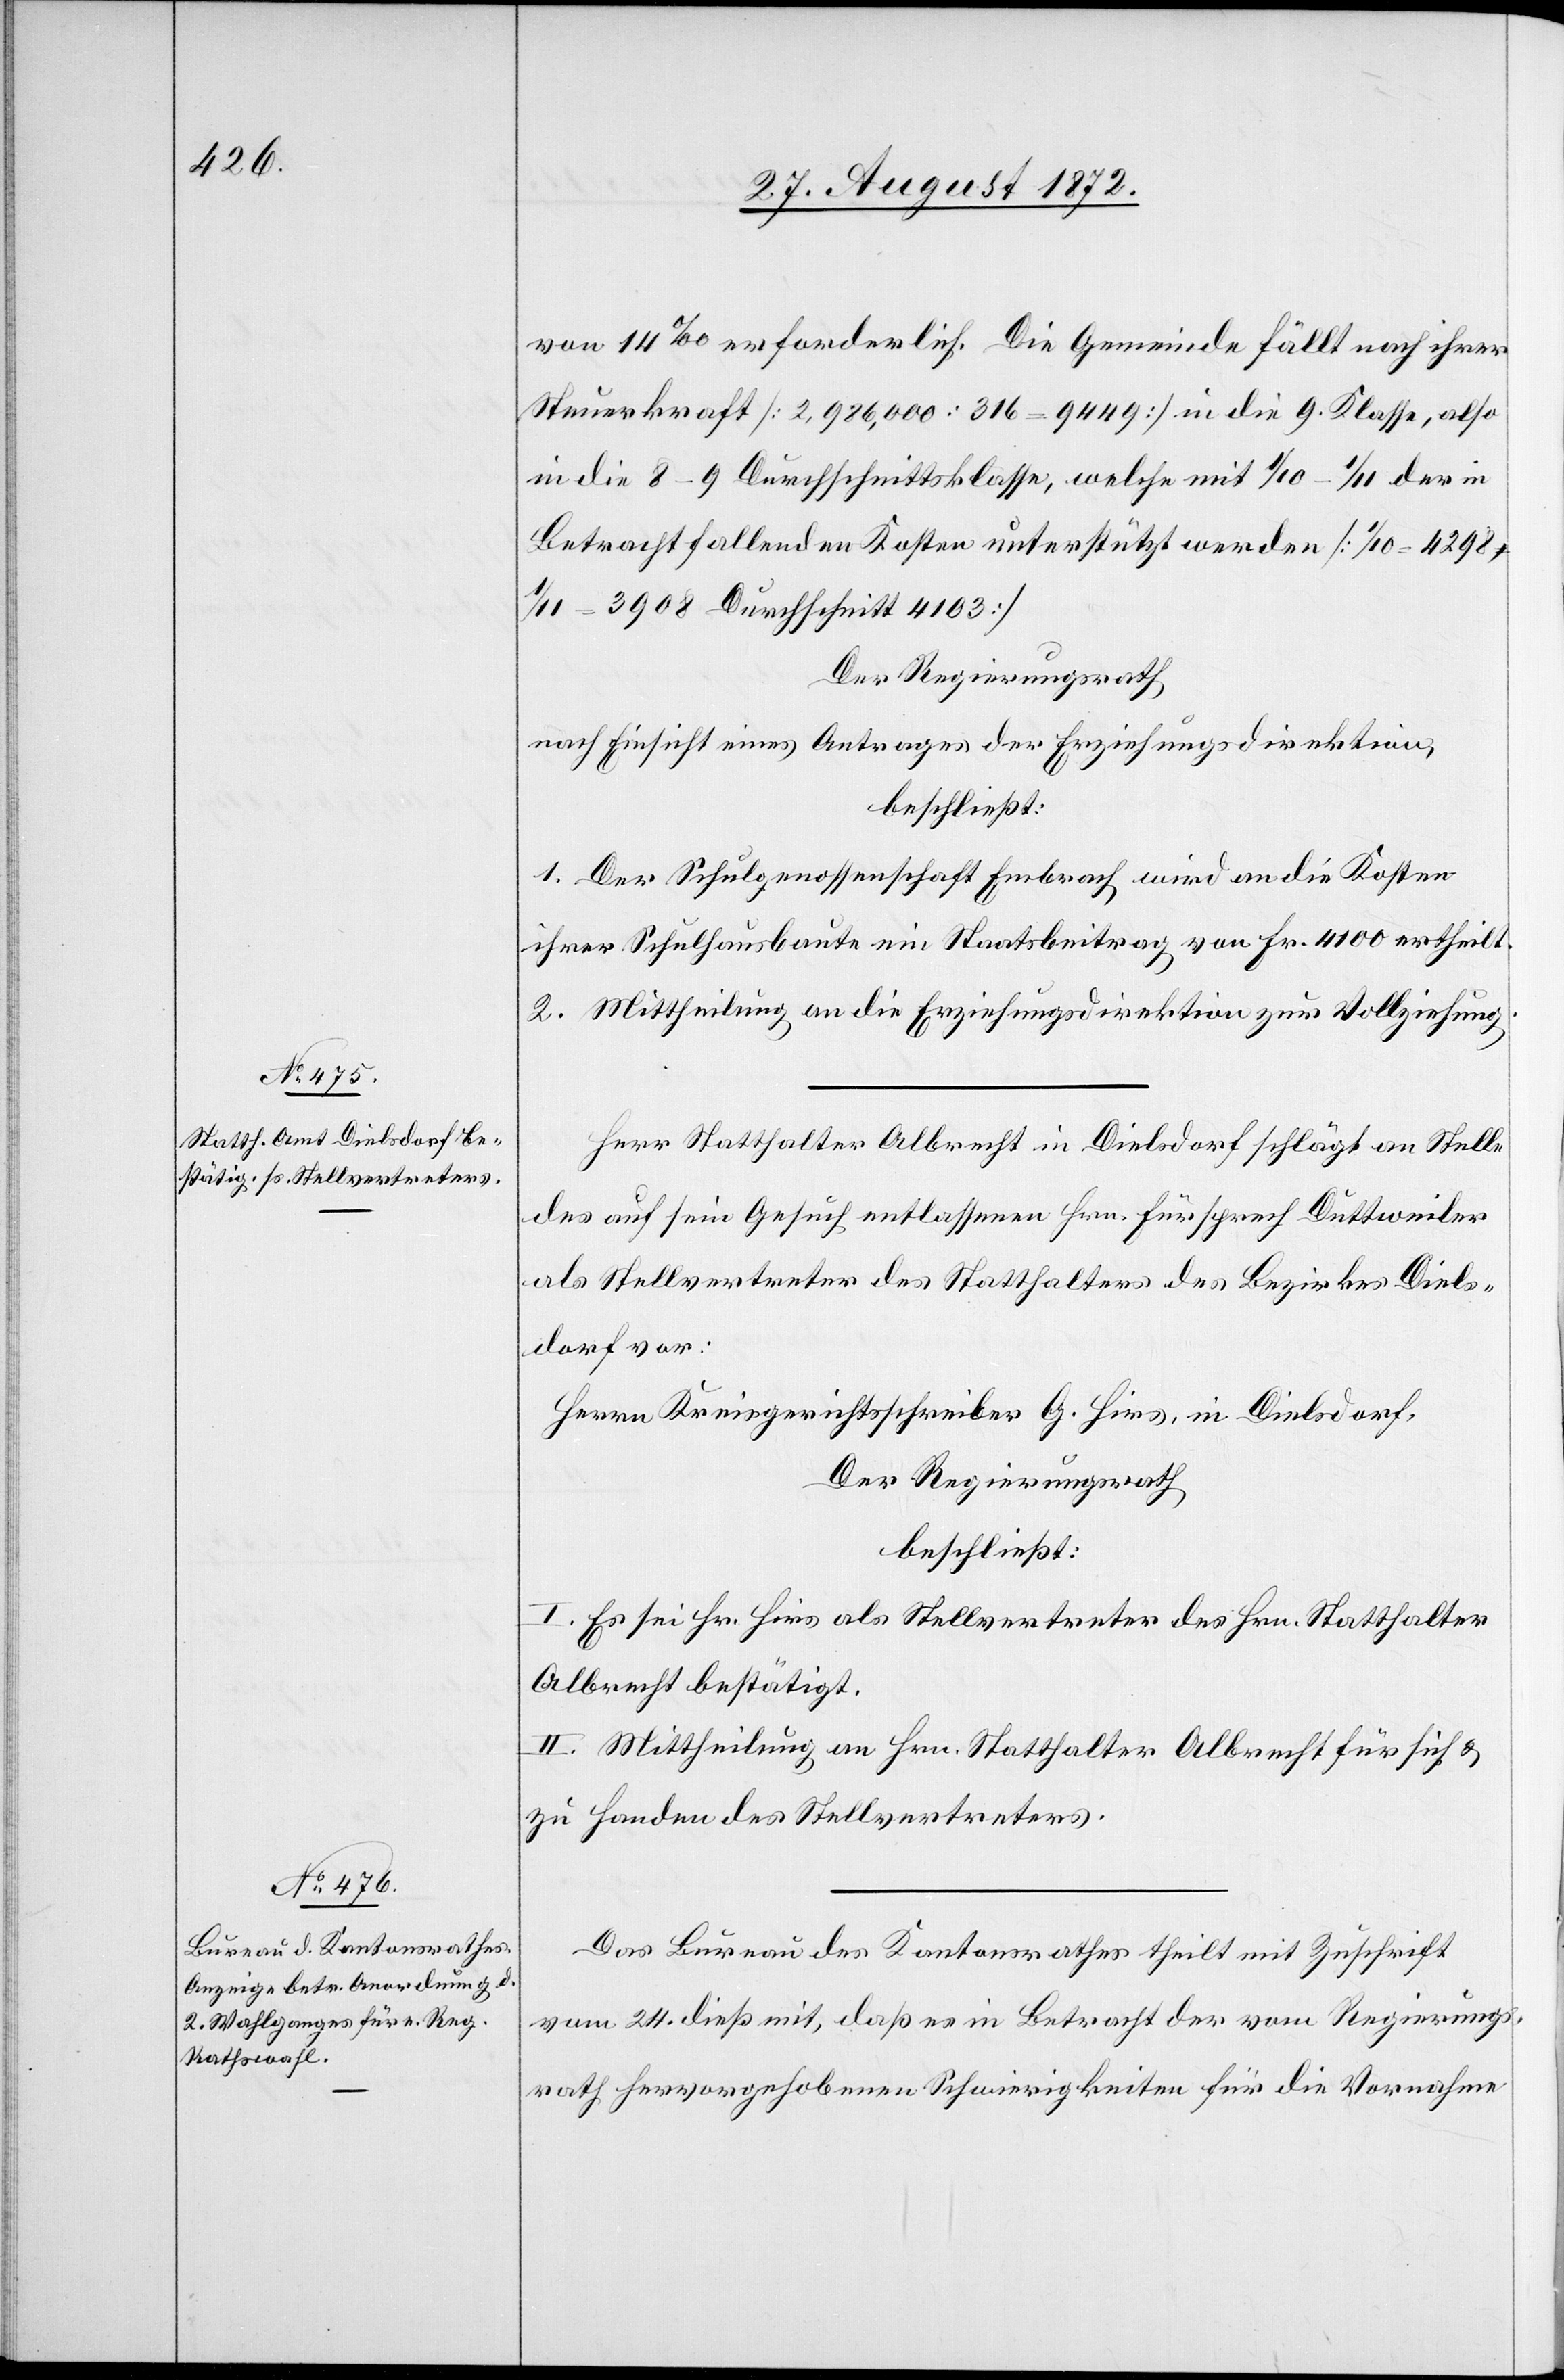
von 14‰ erforderlich. Die Gemeinde fällt nach ihrer
Steuerkraft [2,986,000 : 316 = 9449] in die 9. Klasse, also
in die 8–9 Durchschnittsklasse, welche mit 1/10–1/11 der in
Betracht fallenden Kosten unterstützt werden [1/10 = 4298,
= 3908 Durchschnitt 4103]
Der Regierungsrath
nach Einsicht eines Antrages der Erziehungsdirektion,
beschließt:
1. Der Schulgenossenschaft Embrach wird an die Kosten
ihrer Schulhausbaute ein Staatsbeitrag von Fr. 4100 ertheilt.
2. Mittheilung an die Erziehungsdirektion zur Vollziehung.
Herr Statthalter Albrecht in Dielsdorf schlägt an Stelle
des auf sein Gesuch entlassenen Hrn. Fürsprech Düttweiler
als Stellvertreter des Statthalters des Bezirkes Diels¬
dorf vor:
Herrn Kreisgerichtsschreiber G. Hirns, in Dielsdorf,
Der Regierungsrath
beschließt:
I. Es sei Hr. Hirs als Stellvertreter des Hrn. Statthalter
Albrecht bestätigt.
II. Mittheilung an Hrn. Statthalter Albrecht für sich u.
zu Handen des Stellvertreters.
Das Bureau des Kantonsrathes theilt mit Zuschrift
vom 24. dieß mit, daß es in Betracht der vom Regierungs¬
rath hervorgehobenen Schwierigkeiten für die Vornahme